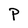
Character: P